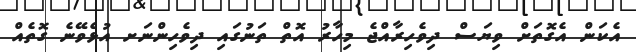
އެކަން އެގޮތަށް ވިޔަސް ދިވެހިރާއްޖެ މިހާރު އޮތް ތަނުގައި ދިވެހިންނަށ އުޅެވޭނެ ގޮތެއް